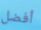
أفضل